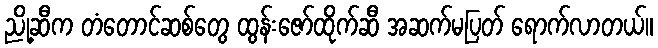
ညို့ဆီက တံတောင်ဆစ်တွေ ထွန်းဇော်ထိုက်ဆီ အဆက်မပြတ် ရောက်လာတယ်။